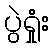
ပွဲရှုံး